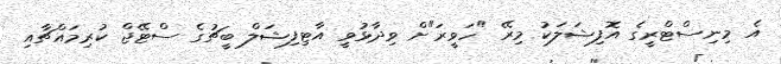
އެ މިނިސްޓްރީގެ އޮފިޝަލަކު މިރޭ "ހަވީރަ"ށް ވިދާޅުވީ އާޓިފިޝަލް ބީޗުގެ ސްޓޭޖް ކުރިމައްޗާއި